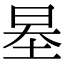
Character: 𡋵